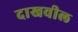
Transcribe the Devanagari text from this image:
दाखवील